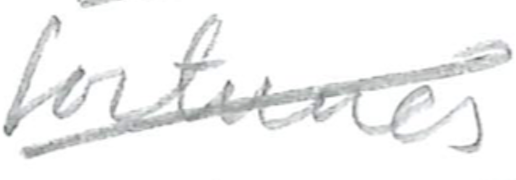
Text: fortunes
Cross-out: diagonal
Writing tool: pencil